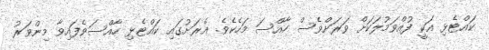
ކައްޓެޅި އަކީ ފުއްވަމުލަކަށް ވަރަށްވެސް ހާއްސަ މަހެކެވެ. އެރަށުގައި ކައްޓެޅި ހާއްސަވެފައިވާ މިންވަރު